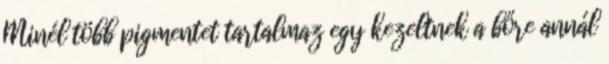
Minél több pigmentet tartalmaz egy kezeltnek a bőre annál